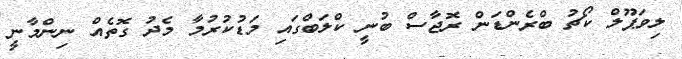
ލިވަޕޫލް ކޯޗު ބްރެންޑަން ރޮޖާސް ބުނީ ކްލަބްގައި މަޑުކުރުމާ މެދު ގޮތެއް ނިންމާނީ